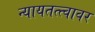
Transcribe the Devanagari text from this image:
न्यायतत्त्वावर